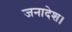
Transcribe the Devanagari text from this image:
जनादेश।